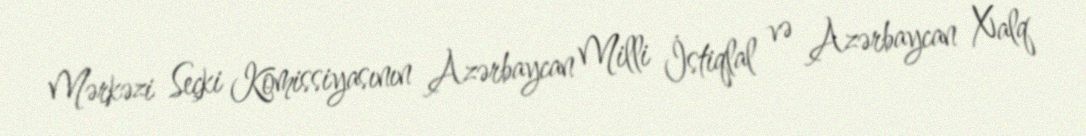
Mərkəzi Seçki Komissiyasının Azərbaycan Milli İstiqlal və Azərbaycan Xalq